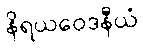
နိရယဝေဒနီယံ